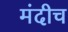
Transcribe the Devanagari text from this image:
मंदीच